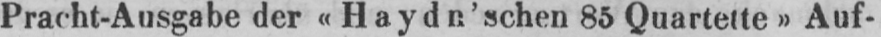
Pracht-Ausgabe der «Haydn’schen 85 Quartette» Auf-